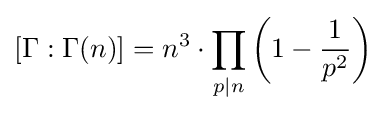
[\Gamma :\Gamma (n)]=n^{3}\cdot \prod _{p\mid n}\left(1-{\frac {1}{p^{2}}}\right)